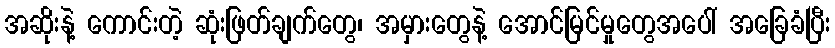
အဆိုးနဲ့ ကောင်းတဲ့ ဆုံးဖြတ်ချက်တွေ၊ အမှားတွေနဲ့ အောင်မြင်မှုတွေအပေါ် အခြေခံပြီး